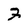
Character: 3